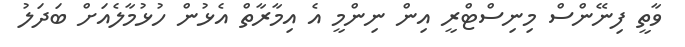
ވާތީ ފިނޭންސް މިނިސްޓްރީ އިން ނިންމީ އެ އިމާރާތް އެޅުން ހުޅުމާލެއަށް ބަދަލު